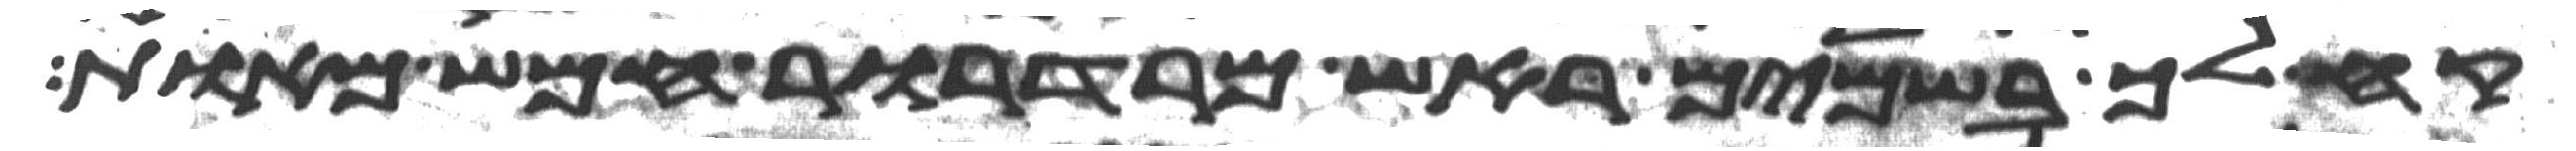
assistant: קח לך בשמים ראש מרדרור חמש מאות